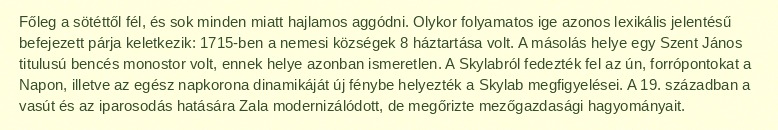
Főleg a sötéttől fél, és sok minden miatt hajlamos aggódni. Olykor folyamatos ige azonos lexikális jelentésű befejezett párja keletkezik: 1715-ben a nemesi községek 8 háztartása volt. A másolás helye egy Szent János titulusú bencés monostor volt, ennek helye azonban ismeretlen. A Skylabról fedezték fel az ún, forrópontokat a Napon, illetve az egész napkorona dinamikáját új fénybe helyezték a Skylab megfigyelései. A 19. században a vasút és az iparosodás hatására Zala modernizálódott, de megőrizte mezőgazdasági hagyományait.